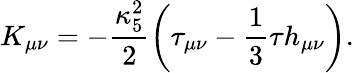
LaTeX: K_{\mu\nu}=-\frac{\kappa_{5}^{2}}{2}\left(\tau_{\mu\nu}-\frac{1}{3}\tau h_{\mu\nu}\right).